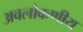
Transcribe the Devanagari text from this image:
अवलोकणीय